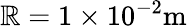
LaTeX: \mathbb{R}=1\times10^{-2}\mathrm{{m}}